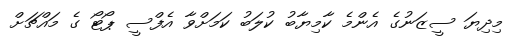
މިދިޔަ ސީޒަނުގެ އެންމެ ކާމިޔާބު ކުލަބު ކަމަށްވާ އެފްސީ ޕޯޓޯ ގެ މައްޗަށް